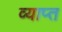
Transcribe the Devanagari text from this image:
व्याप्‍त